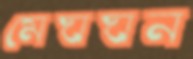
মেঘঘন